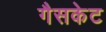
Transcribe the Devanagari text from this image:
गैसकेट